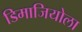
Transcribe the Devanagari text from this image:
डिमाजियोला